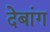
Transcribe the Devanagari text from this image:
देबांग